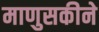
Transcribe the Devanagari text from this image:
माणुसकीने